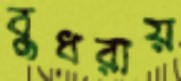
বুধরায়